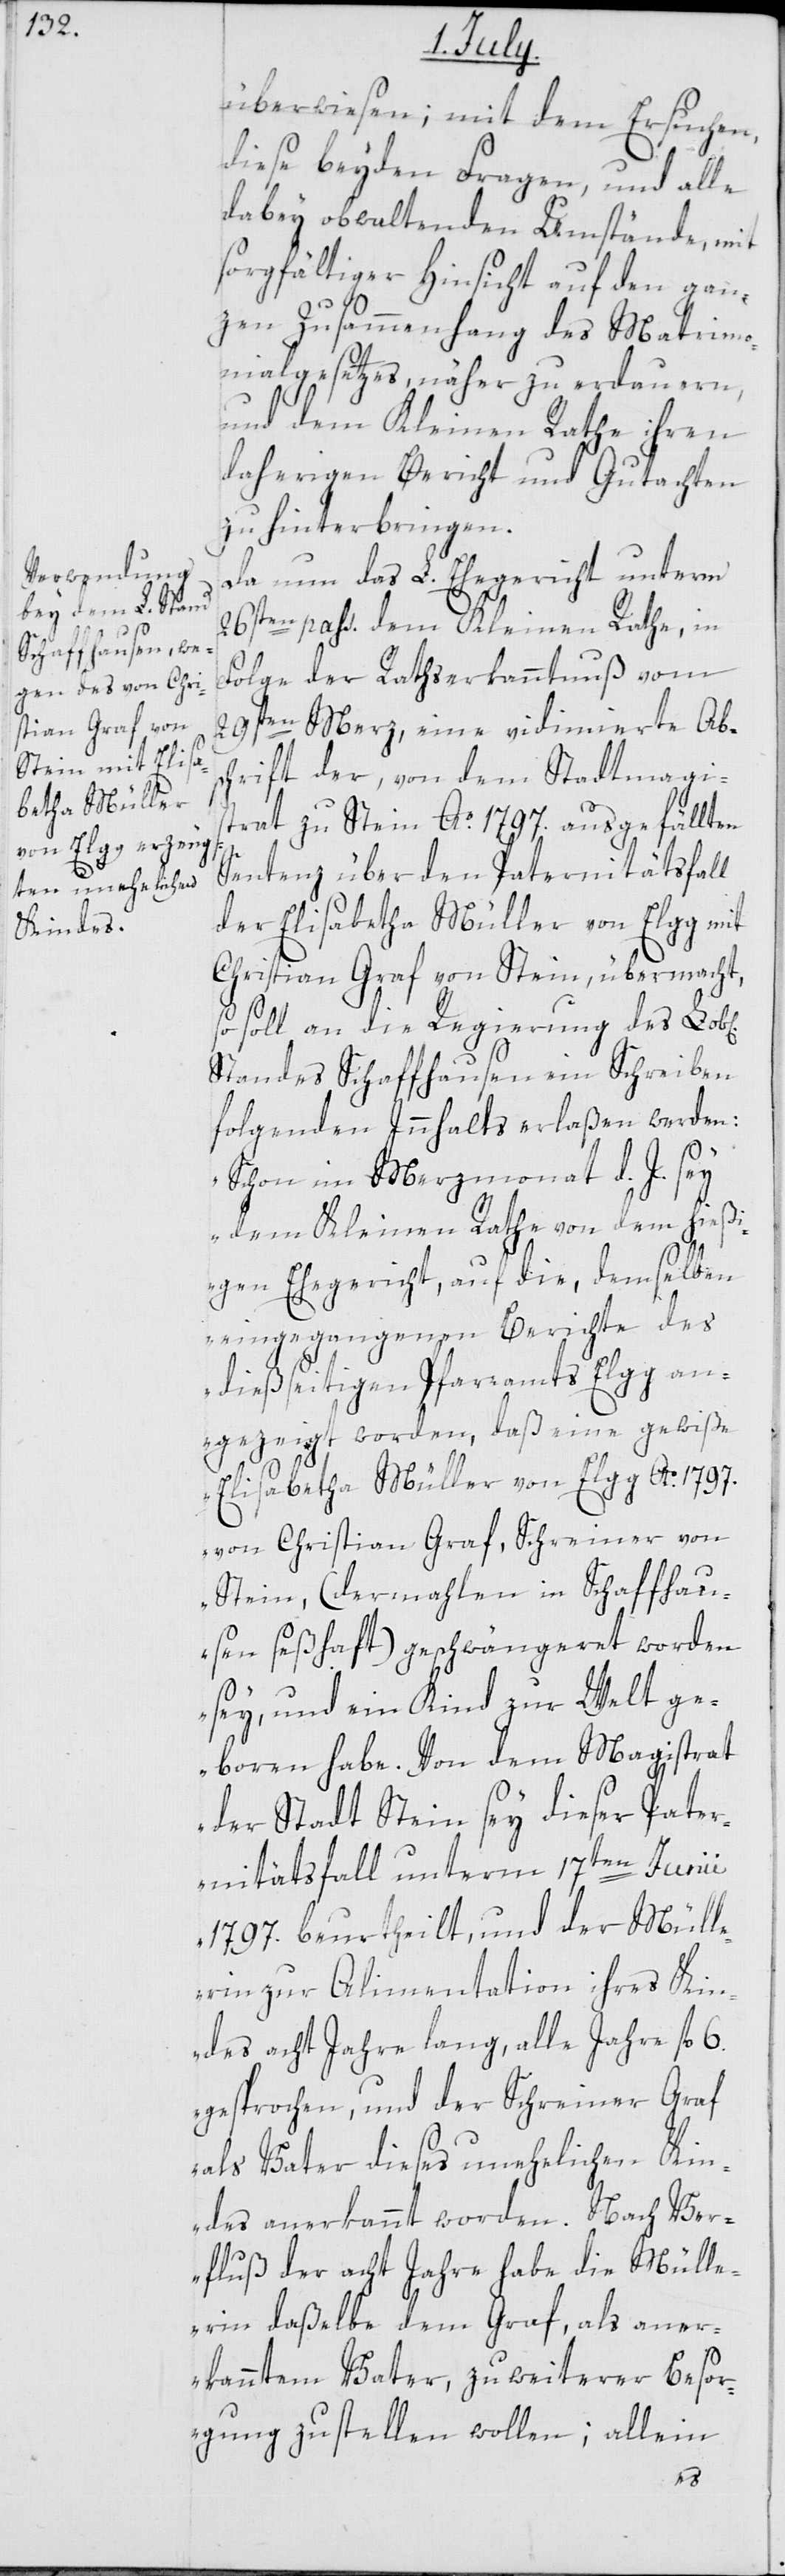
überwiesen; mit dem Ersuchen,
diese beyden Fragen, und alle
dabey obwaltenden Umstände, mit
sorgfältiger Hinsicht auf den gan¬
zen Zusammenhang des Matrimo¬
nialgesetzes, näher zu erdauern,
und dem Kleinen Rathe ihren
daherigen Bericht und Gutachten
zu hinterbringen.
Da nun das L. Ehegericht unterm
26sten pass. dem Kleinen Rathe, in
Folge der Rathserkanntnuß vom
29sten Merz, eine vidimierte Abs¬
chrift der, von dem Stadtmagis¬
trat zu Stein Ao. 1797. ausgefällten
Sentenz über den Paternitätsfall
der Elisabetha Müller von Elgg mit
Christian Graf von Stein, übermacht,
so soll an die Regierung des Lob[l¬
Standes Schaffhausen ein Schreiben
folgenden Innhalts erlaßen werden:
„Schon im Merzmonat d. J. sey
dem Kleinen Rathe von dem hießi¬
gen Ehegericht, auf die, demselben
eingegangenen Berichte des
dießeitigen Pfarramts Elgg an¬
gezeigt worden, daß eine gewiße
Elisabetha Müller von Elgg Ao. 1797.
von Christian Graf, Schreiner von
Stein, (dermalen in Schaffhau¬
sen seßhaft) geschwängeret worden
sey, und ein Kind zur Welt ge¬
boren habe. Von dem Magistrat
der Stadt Stein sey dieser Pater¬
nitätsfall unterm 17.ten Junii
1797. beurtheilt, und der Müll¬
erin zur Alimentation ihres Kin¬
des acht Jahre lang, alle Jahre fl. 6.
gesprochen, und der Schreiner Graf
als Vater dieses unehelichen Kin¬
des anerkannt worden. Nach Ver¬
fluß der acht Jahre habe die Mülle¬
rin daßelbe dem Graf, als aner¬
kanntem Vater, zu weiterer Besor¬
gung zustellen wollen; allein
ichen]